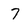
Character: 7